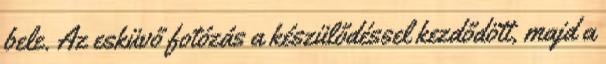
bele. Az esküvő fotózás a készülődéssel kezdődött, majd a